Civil Veterinary Department Bengal reports 1923-33 - 1923-1933
Year: 1923
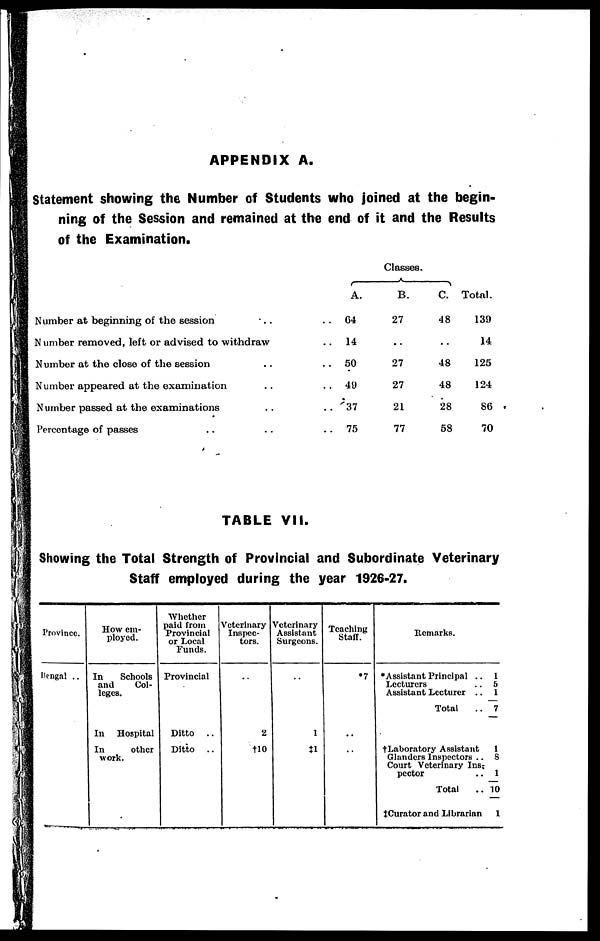
APPENDIX A.
Statement showing the Number of Students who joined at the begin-
ning of the Session and remained at the end of it and the Results
of the Examination.
Number at beginning of the session ..
N umber removed, left or advised to withdraw
Number at the close of the session ..
Number appeared at the examination ..
N umber passed at the examinations ..
Percentage of passes ..
Classes.
A.
..
64
..
14
..
50
..
49
..
37
..
75
B.
27
..
27
27
21
77
C.
48
..
48
48
28
58
Total.
139
14
125
124
86
70
TABLE VII.
Showing the Total Strength of Provincial and Subordinate Veterinary
Staff employed during the year 1926-27.
Province.
Bengal ..
How em-
ployed.
In
Schools
and
Col-
leges.
In
Hospital
In
other
work.
Whether
paid from
Provincial
or Local
Funds.
Provincial
Ditto
..
Ditto ..
Veterinary
Inspec-
tors.
2
†10
Veterinary
Assistant
Surgeons.
1
‡1
Teaching
Staff.
*7
..
..
Remarks.
*Assistant Principal .. 1
Lecturers
.. 5
Assistant Lecturer .. 1
Total
.. 7
†Laboratory Assistant
1
Glanders Inspectors .. 8
Court Veterinary Ins-
pector
.. 1
Total
..10
‡Curator and Librarian
1